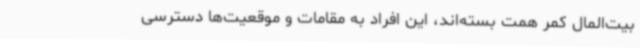
بیت‌المال کمر همت بسته‌اند، این افراد به مقامات و موقعیت‌ها دسترسی